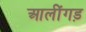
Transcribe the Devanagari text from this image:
आलींगड़